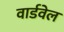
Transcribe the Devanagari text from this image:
वार्डवेल